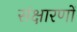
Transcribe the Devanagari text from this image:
संक्षारणों